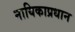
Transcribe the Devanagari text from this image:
नायिकाप्रधान